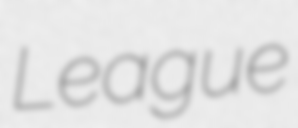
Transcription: League